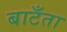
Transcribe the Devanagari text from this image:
बाटँता